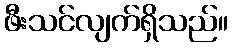
ဖီးသင်လျက်ရှိသည်။